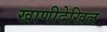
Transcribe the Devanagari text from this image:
खाणीदेखिल